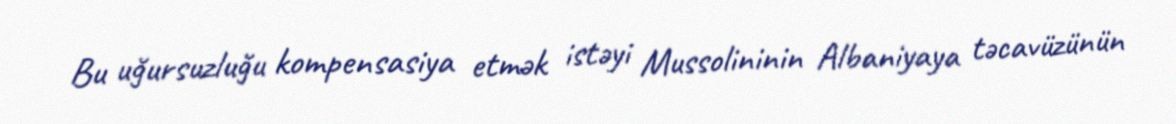
Bu uğursuzluğu kompensasiya etmək istəyi Mussolininin Albaniyaya təcavüzünün